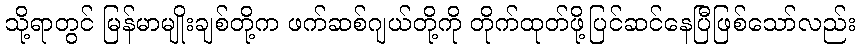
သို့ရာတွင် မြန်မာမျိုးချစ်တို့က ဖက်ဆစ်ဂျယ်တို့ကို တိုက်ထုတ်ဖို့ပြင်ဆင်နေပြီဖြစ်သော်လည်း